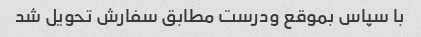
با سپاس بموقع ودرست مطابق سفارش تحویل شد